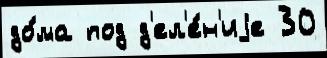
до́ма под д'ел'е́н'иjе 30